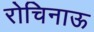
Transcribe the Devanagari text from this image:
रोचिनाऊ